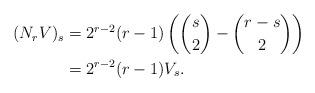
LaTeX: \begin{align*} (N_r V)_s &= 2^{r-2}(r-1) \left( \binom{s}{2} - \binom{r-s}{2} \right)\\ &=2^{r-2}(r-1)V_s. \end{align*}